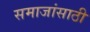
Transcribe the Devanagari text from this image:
समाजांसाठी